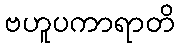
ဗဟူပကာရာတိ